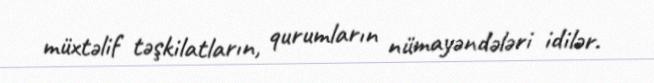
müxtəlif təşkilatların, qurumların nümayəndələri idilər.